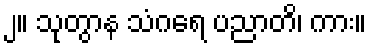
၂။ သုတွာန သံဂရေ ပညာတိ၊ ကား။